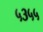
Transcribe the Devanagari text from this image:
५३५५